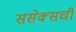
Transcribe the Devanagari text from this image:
ससेक्सची